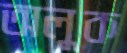
অলুক